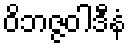
ဝိဘဇ္ဇဝါဒီနံ